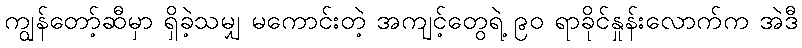
ကျွန်တော့်ဆီမှာ ရှိခဲ့သမျှ မကောင်းတဲ့ အကျင့်တွေရဲ့ ၉၀ ရာခိုင်နှုန်းလောက်က အဲဒီ